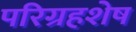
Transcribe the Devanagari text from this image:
परिग्रहशेष